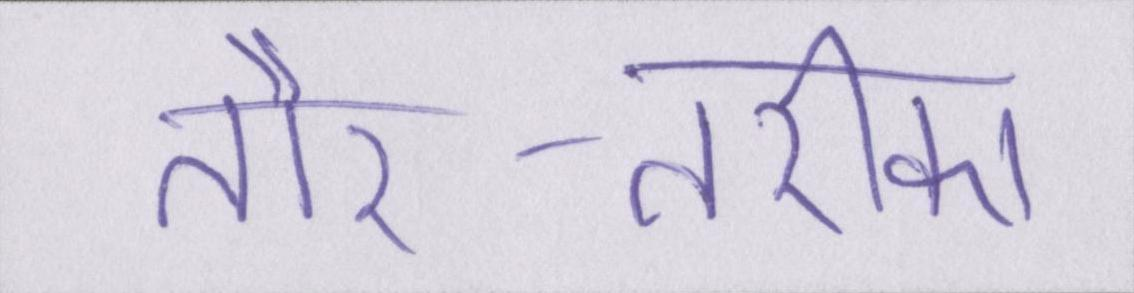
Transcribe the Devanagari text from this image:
तौर-तरीका